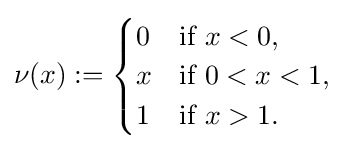
\nu (x):={\begin{cases}0&{\text{if }}x<0,\\x&{\text{if }}0<x<1,\\1&{\text{if }}x>1.\end{cases}}